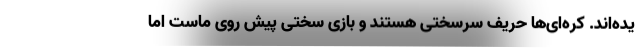
یده‌اند. کره‌‌ای‌ها حریف سرسختی هستند و بازی سختی پیش روی ماست اما